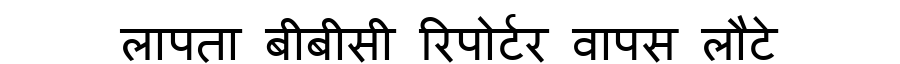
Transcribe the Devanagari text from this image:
लापता बीबीसी रिपोर्टर वापस लौटे